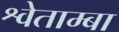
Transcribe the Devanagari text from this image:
श्वेताम्बा